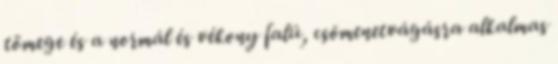
tömege és a normál és vékony falú, csõmenetvágásra alkalmas